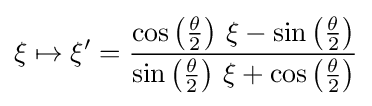
\xi \mapsto \xi '={\frac {\cos \left({\frac {\theta }{2}}\right)\,\xi -\sin \left({\frac {\theta }{2}}\right)}{\sin \left({\frac {\theta }{2}}\right)\,\xi +\cos \left({\frac {\theta }{2}}\right)}}